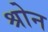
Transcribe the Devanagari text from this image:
श्रोन